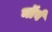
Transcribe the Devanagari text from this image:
नॉर्व